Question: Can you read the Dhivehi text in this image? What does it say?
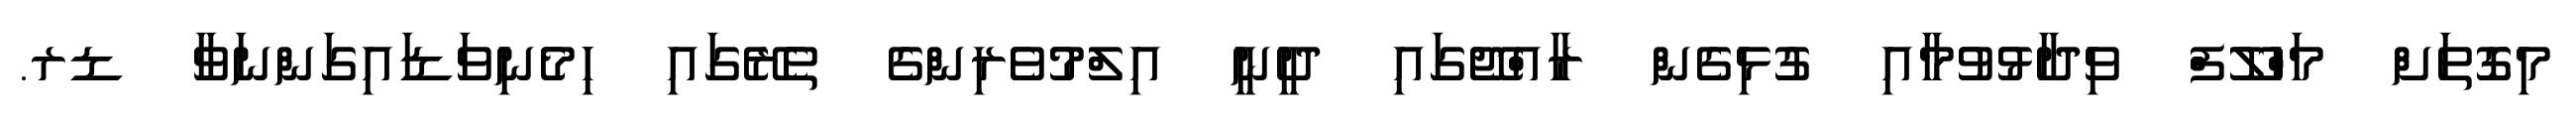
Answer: މިގޮތަށް މަހްލޫފް ވިދާޅުވުމާއި ގުޅިގެން ރާއްޖޭގައި ދީނީ އިލްމުވެރިންގެ ތެރޭގައި ހިމެނިވަޑައިގަންނަވާ ޑރ.